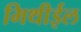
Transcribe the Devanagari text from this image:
मिथीईल